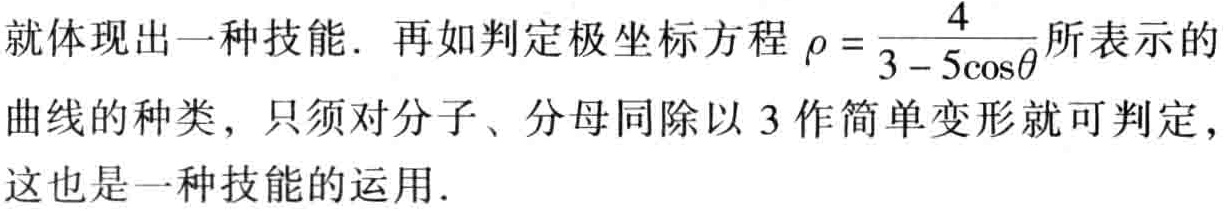
就体现出一种技能. 再如判定极坐标方程$\rho = \frac{4}{3 - 5\cos\theta}$所表示的曲线的种类, 只须对分子、分母同除以$3$作简单变形就可判定, 这也是一种技能的运用.